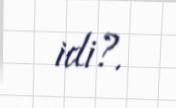
idi?.